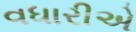
વધારીએ